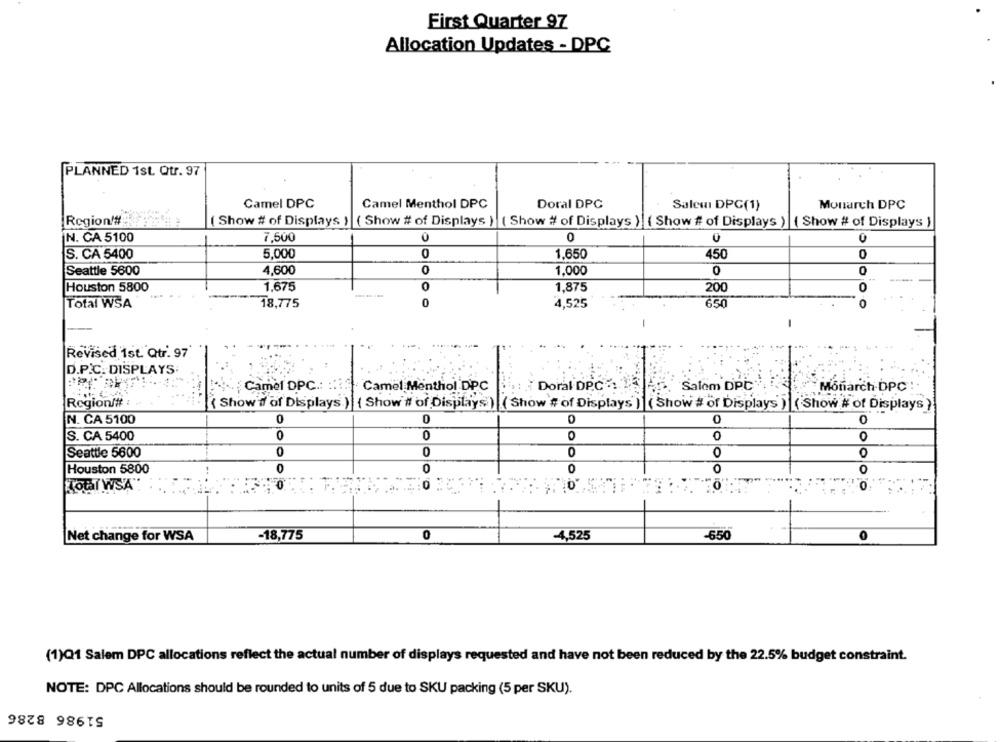
First Quarter 97
Allocation Updates - DPC
PLANNED 1st. Qtr. 97
Camel DPC
Camel Menthol DPC
Doral DPC
Salem DPC(1)
Monarch DPC
Region'#
( Show # of Displays ) ( Show # of Displays ) ( Show # of Displays ) ( Show # of Displays ) ( Show # of Displays )
N. CA 5100
7,500
0
S. CA 5400
5,000
50
1.650
450
0
Seattle 5600
4,600
0
1,000
0
0
Houston 5800
1,675
0
1,875
200
0
Total WSA
18,775
0
4,525
650
0
-
Revised 1st. Qtr. 97
D.P.C. DISPLAYS
it ; Doral DPCT
Camel DPC .: :::
Camel Menthol DPC
5. Salom DPC
Monarch-DPC
Region/# :
{ Show's of Displays.) { Show'# of Displays ) ( Show # of Displays ) ( Show # of Displays ) (Show # of Displays}
N. CA 5100
0
0
0
0
S. CA 5400
0
0
0
0
0
0
0
0
0
Seattle 5600
0
Houston 5800
0
0
0
TOUT WSA"
0
0
Net change for WSA
-18,775
-4,525
-650
(1)Q1 Salem DPC allocations reflect the actual number of displays requested and have not been reduced by the 22.5% budget constraint.
NOTE: DPC Allocations should be rounded to units of 5 due to SKU packing (5 per SKU).
51986 8286